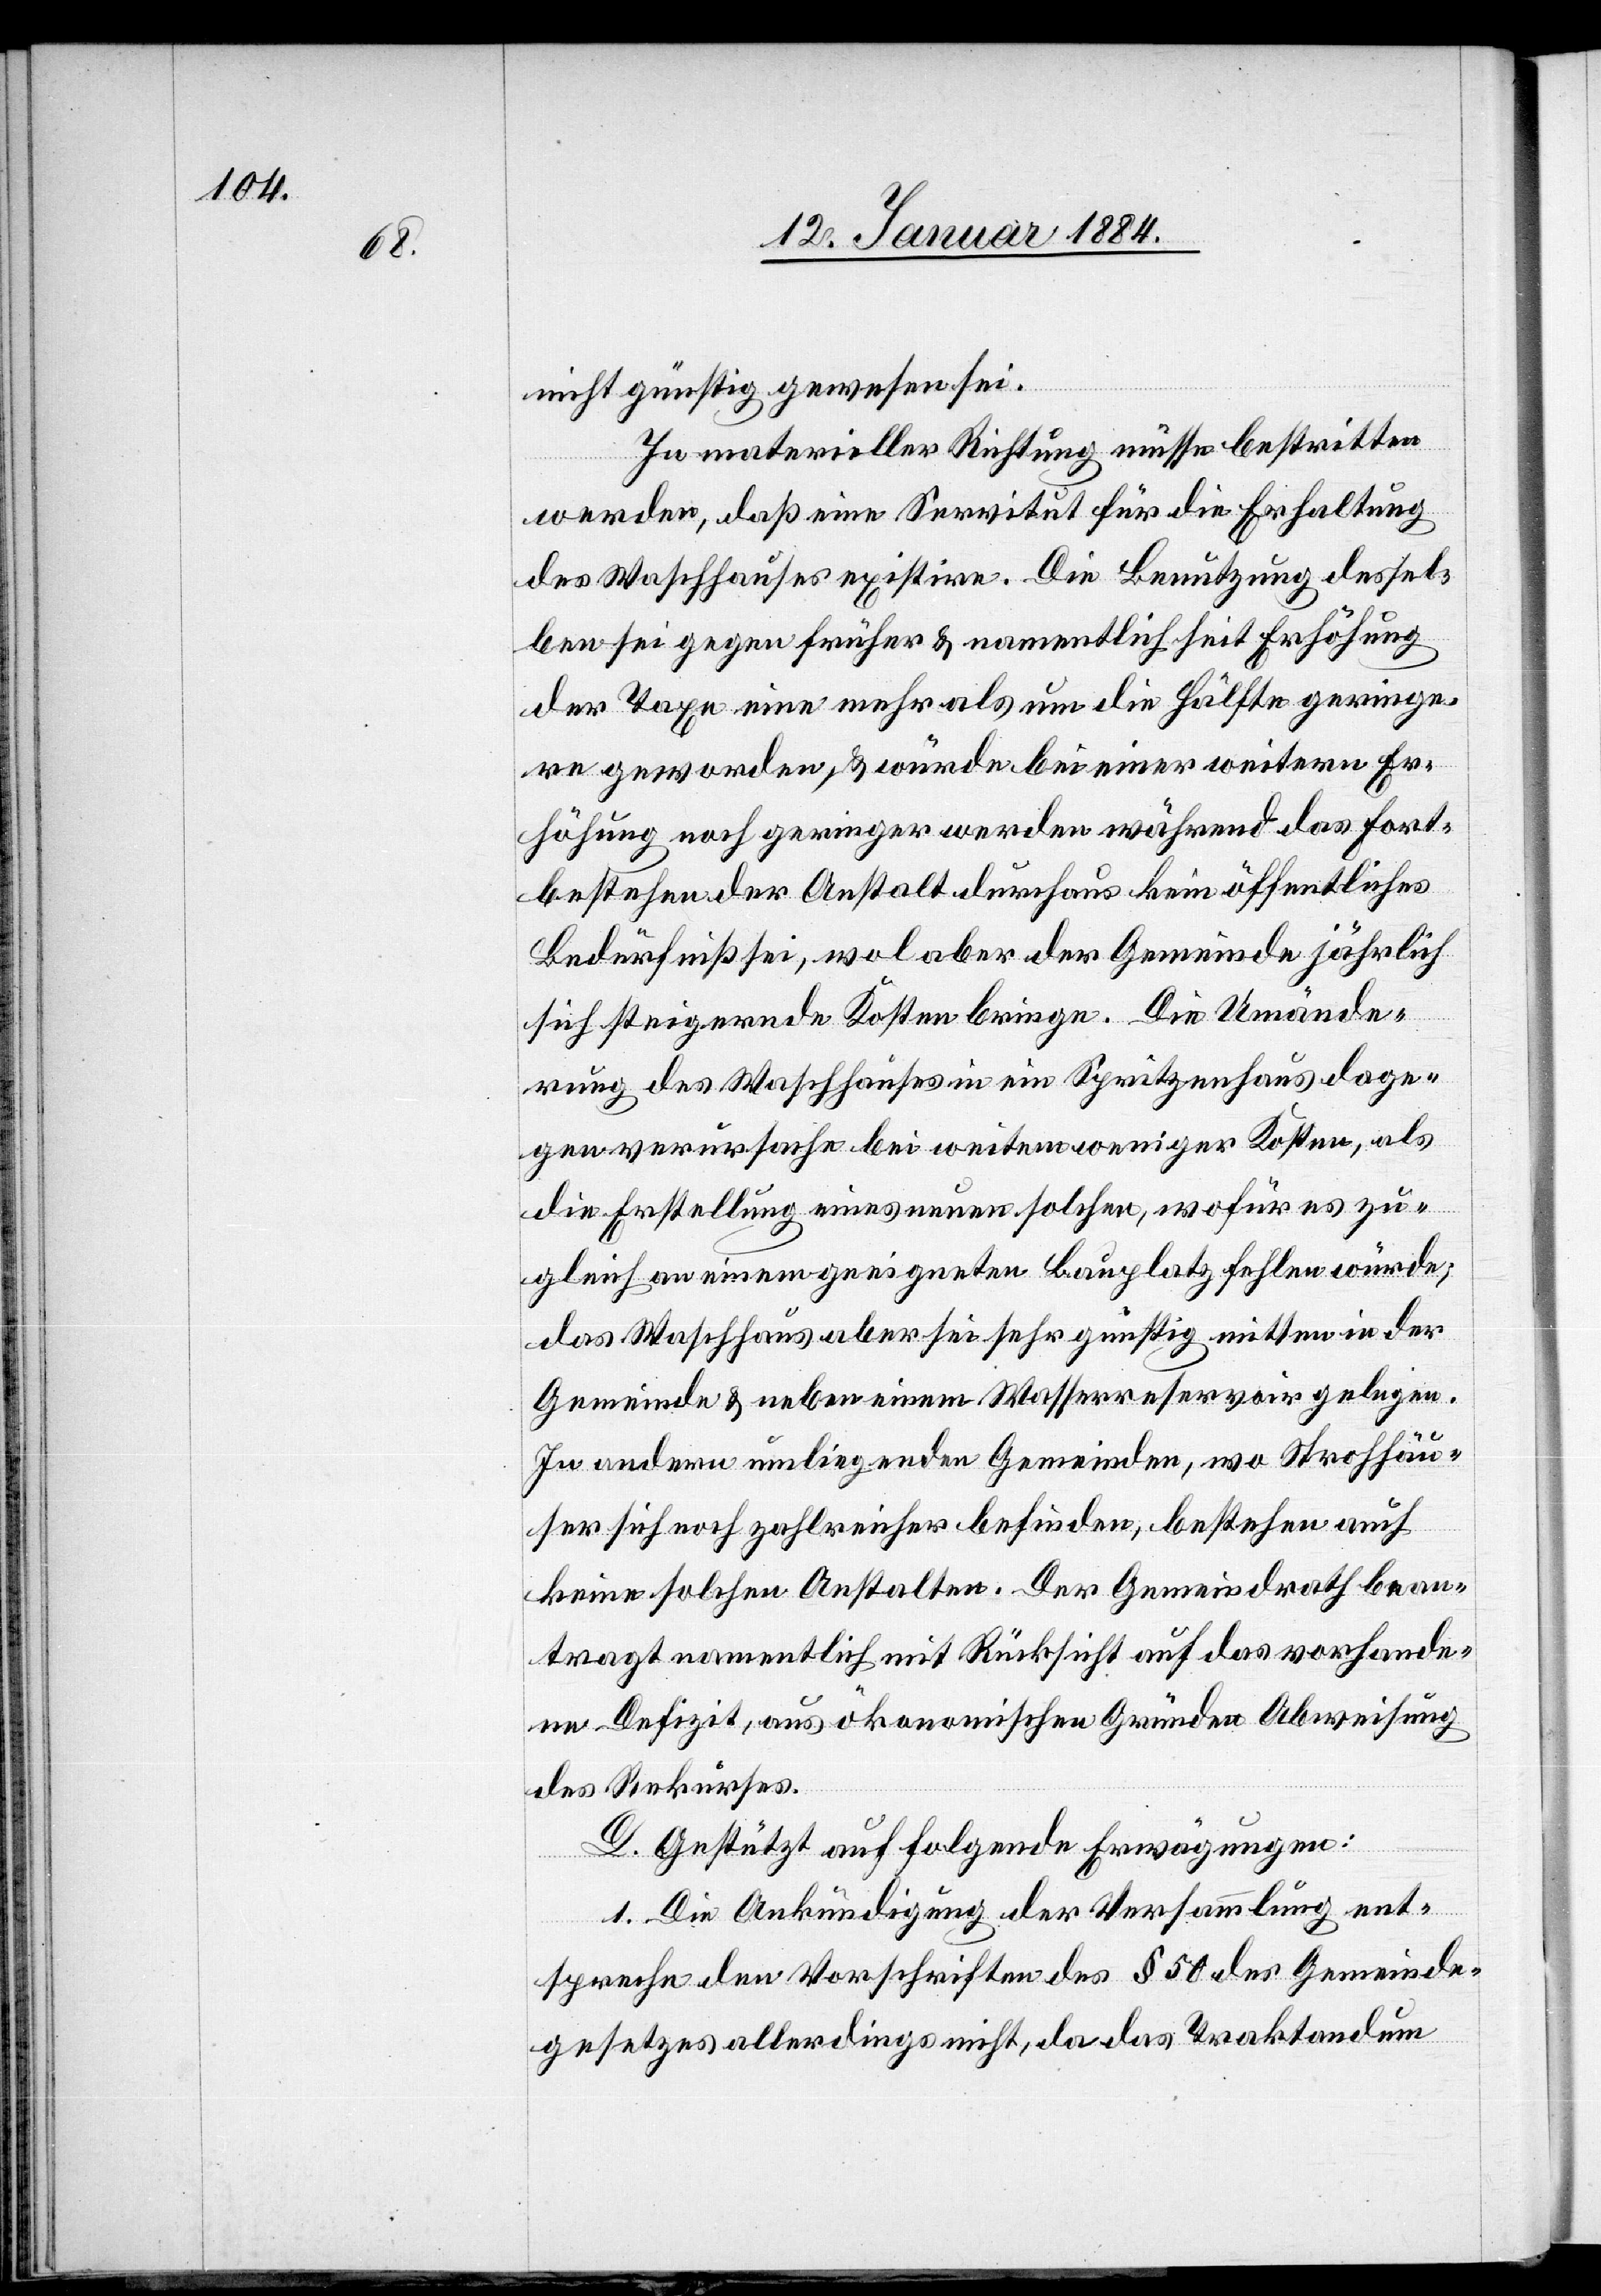
nicht günstig gewesen sei.
In materieller Richtung müsse bestritten
werden, daß eine Servitut für die Erhaltung
des Waschhauses existire. Die Benutzung dessel¬
ben sei gegen früher & namentlich seit Erhöhung
der Taxe eine mehr als um die Hälfte geringe¬
re geworden, & würde bei einer weiteren Er¬
höhung noch geringer werden während das Fort¬
bestehen der Anstalt durchaus kein öffentliches
Bedürfniß sei, wol aber der Gemeinde jährlich
sich steigernde Kosten bringe. Die Umände¬
rung des Waschhauses in ein Spritzenhaus dage¬
gen verursache bei weitem weniger Kosten, als
die Erstellung eines neuen solchen, wofür es zu¬
gleich an einem geeigneten Bauplatz fehlen würde;
das Waschhaus aber sei sehr günstig mitten in der
Gemeinde & neben einem Wasserreservoir gelegen.
In andern umliegenden Gemeinden, wo Strohhäu¬
ser sich noch zahlreicher befinden, bestehen auch
keine solchen Anstalten. Der Gemeindrath bean¬
tragt namentlich mit Rücksicht auf das vorhande¬
ne Defizit, aus ökonomischen Gründen Abweisung
des Rekurses.
D. Gestützt auf folgende Erwägungen:
a. Die Ankündigung der Versammlung ent¬
spreche den Vorschriften des § 50 des Gemeinde¬
gesetzes allerdings nicht, da das Traktandum